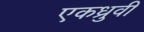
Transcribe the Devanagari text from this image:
एकध्रुवी